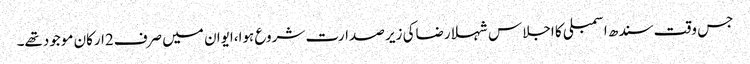
جس وقت سندھ اسمبلی کا اجلاس شہلا رضاکی زیر صدارت شروع ہوا،ایوان میں صرف2ارکان موجودتھے۔